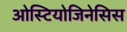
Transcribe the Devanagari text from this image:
ओस्टियोजिनेसिस